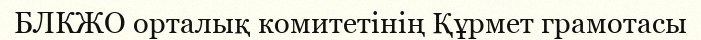
БЛКЖО орталық комитетінің Құрмет грамотасы